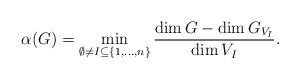
LaTeX: \begin{align*}\alpha(G)= \min_{\emptyset \neq I \subseteq \{1,\ldots,n\}} \frac{\dim G - \dim G_{V_I}}{\dim V_I}.\end{align*}